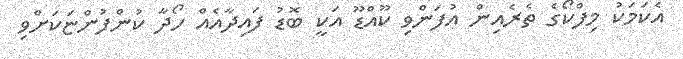
އެކަމަކު މިފްކޯގެ ތެރެއިން އުފަންވި ކޫއްޑޫ އަކީ ބޮޑު ފައިދާއެއް ހޯދާ ކުންފުންޏަކަށްވި